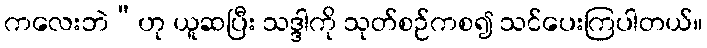
ကလေးဘဲ”ဟု ယူဆပြီး သဒ္ဒါကို သုတ်စဉ်ကစ၍ သင်ပေးကြပါတယ်။